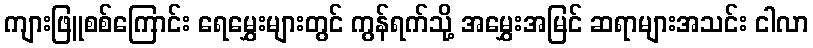
ကျားဖြူစစ်ကြောင်း ရေမွှေးများတွင် ကွန်ရက်သို့ အမွှေးအမြင် ဆရာများအသင်း ငါလာ